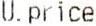
U.PRICE